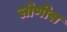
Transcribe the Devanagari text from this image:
लोणीस